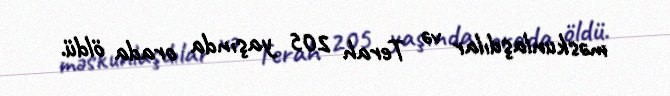
məskunlaşdılar və Terah 205 yaşında orada öldü.